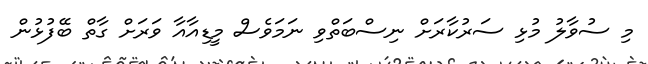
މި ސުވާލު މުޅި ސަރުކާރަށް ނިސްބަތްވި ނަމަވެސް މީޑިއާއާ ވަރަށް ގާތް ބޭފުޅުން